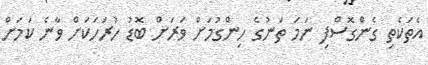
އެތަކެތި ގެންގޮސްފި ނަމަ ތަނުގެ ހިންގުމަށް ވަރަށް ބޮޑު ހުރަހަކަށް ވާނެ ކަމަށް